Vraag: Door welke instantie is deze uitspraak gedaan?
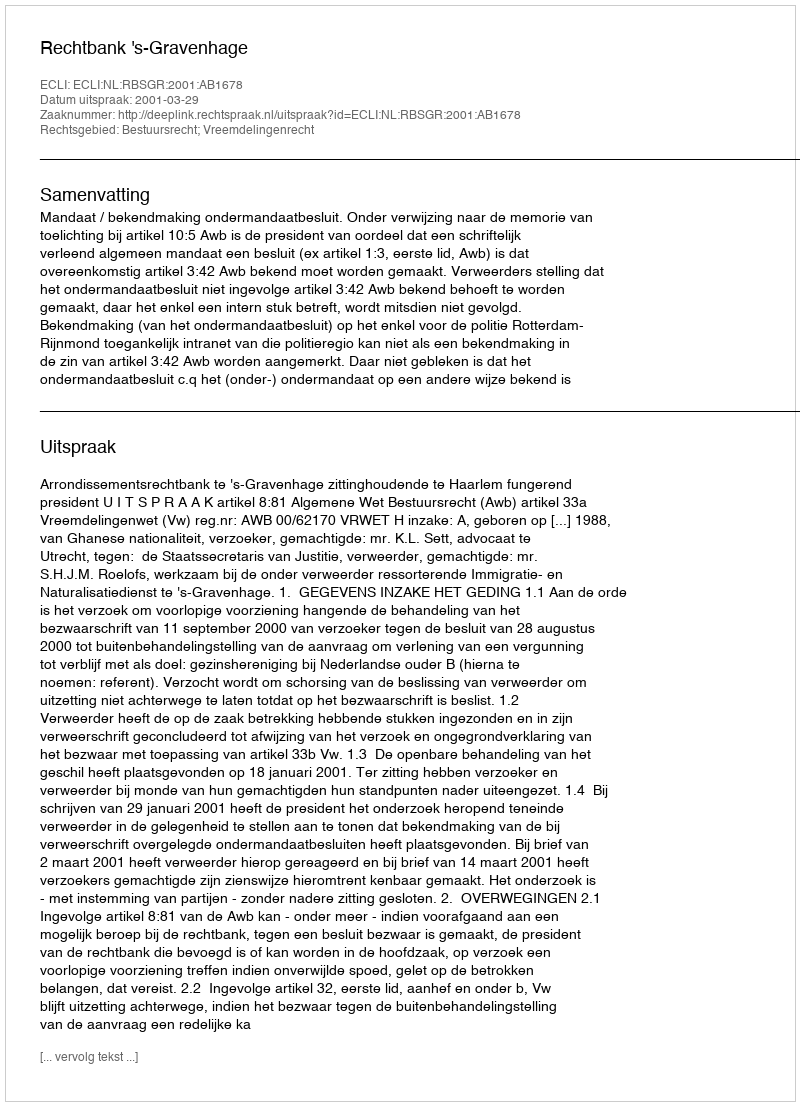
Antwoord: Rechtbank 's-Gravenhage